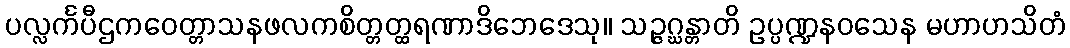
ပလ္လင်္ကပီဌကဝေတ္တာသနဖလကစိတ္တတ္ထရဏာဒိဘေဒေသု။ သဉ္ဇဂ္ဃန္တာတိ ဥပ္ပဏ္ဍနဝသေန မဟာဟသိတံ